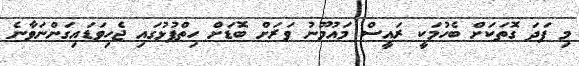
މި ފަދަ ގޮތަކަށް ބެހުމަކީ ރައީސް މައުމޫނު ވަރަށް ބޮޑަށް ހިތްޕުޅުގައި ޖެހިވަޑައިގަންނަވާނެ